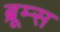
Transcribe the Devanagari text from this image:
ब्रूम्स